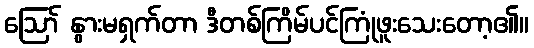
ဪ နွားမရှက်တာ ဒီတစ်ကြိမ်ပင်ကြုံဖူးသေးတော့၏။